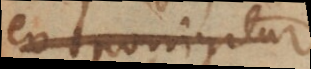
eo porrigitur